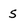
Character: s